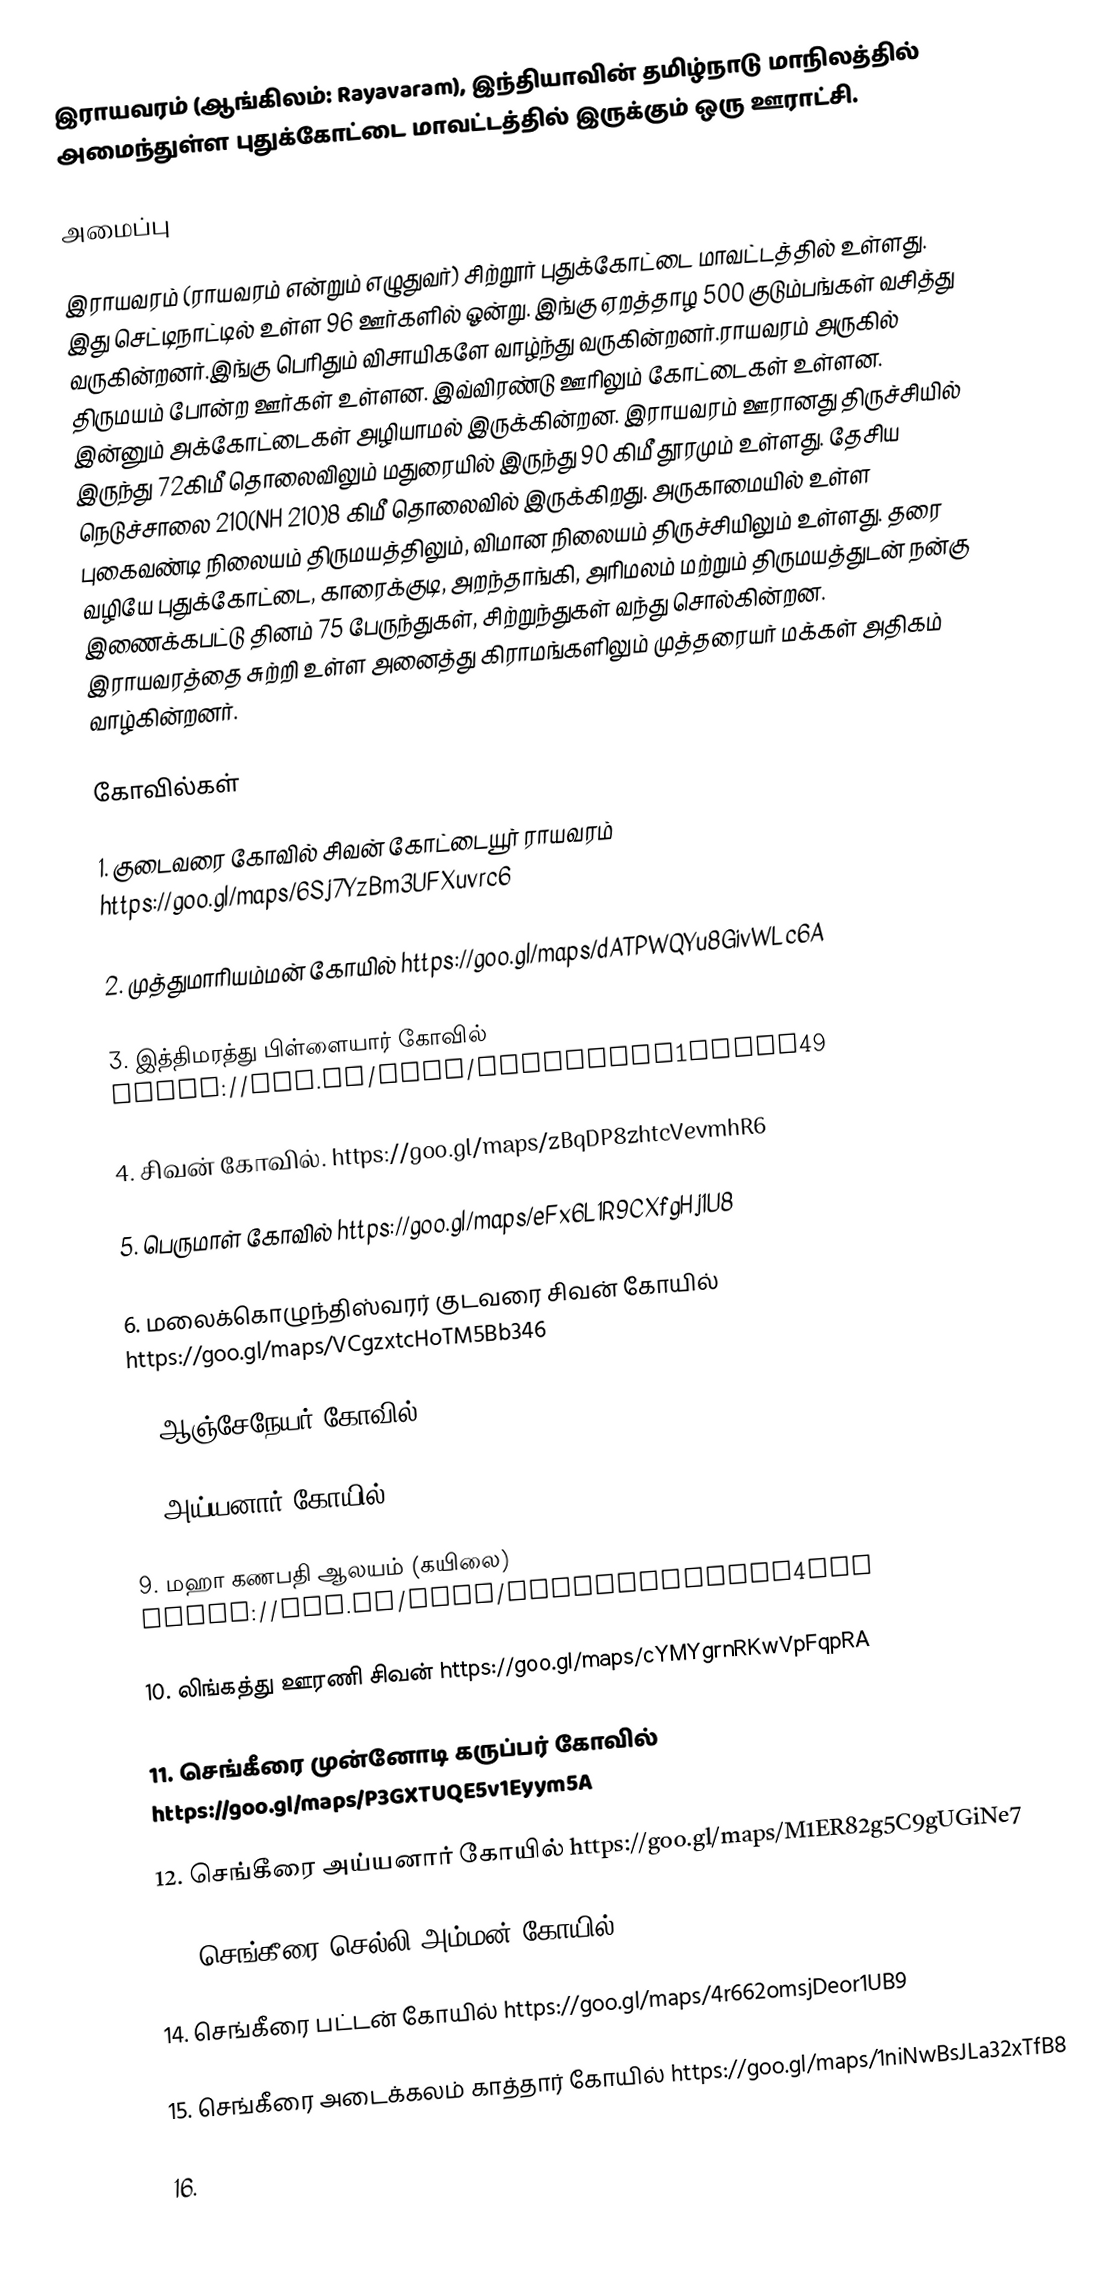
இராயவரம்  (ஆங்கிலம்: Rayavaram), இந்தியாவின் தமிழ்நாடு மாநிலத்தில் அமைந்துள்ள புதுக்கோட்டை மாவட்டத்தில் இருக்கும் ஒரு ஊராட்சி.

அமைப்பு

இராயவரம் (ராயவரம் என்றும் எழுதுவர்) சிற்றூர் புதுக்கோட்டை மாவட்டத்தில் உள்ளது. இது செட்டிநாட்டில் உள்ள 96 ஊர்களில் ஓன்று. இங்கு ஏறத்தாழ 500 குடும்பங்கள் வசித்து வருகின்றனர்.இங்கு பெரிதும் விசாயிகளே வாழ்ந்து வருகின்றனர்.ராயவரம் அருகில் திருமயம் போன்ற ஊர்கள் உள்ளன. இவ்விரண்டு ஊரிலும் கோட்டைகள் உள்ளன. இன்னும் அக்கோட்டைகள் அழியாமல் இருக்கின்றன. இராயவரம் ஊரானது திருச்சியில் இருந்து 72கிமீ தொலைவிலும் மதுரையில் இருந்து 90 கிமீ தூரமும் உள்ளது. தேசிய நெடுச்சாலை 210(NH 210)8 கிமீ தொலைவில் இருக்கிறது. அருகாமையில் உள்ள புகைவண்டி நிலையம் திருமயத்திலும், விமான நிலையம் திருச்சியிலும் உள்ளது. தரை வழியே புதுக்கோட்டை, காரைக்குடி, அறந்தாங்கி, அரிமலம் மற்றும் திருமயத்துடன் நன்கு இணைக்கபட்டு தினம் 75 பேருந்துகள், சிற்றுந்துகள் வந்து சொல்கின்றன. இராயவரத்தை சுற்றி உள்ள அனைத்து கிராமங்களிலும் முத்தரையர் மக்கள் அதிகம் வாழ்கின்றனர்.

கோவில்கள்

1. குடைவரை கோவில் சிவன் கோட்டையூர் ராயவரம் https://goo.gl/maps/6Sj7YzBm3UFXuvrc6

2. முத்துமாரியம்மன் கோயில் https://goo.gl/maps/dATPWQYu8GivWLc6A

3. இத்திமரத்து பிள்ளையார் கோவில் https://goo.gl/maps/EZfPbGdcK1Nttrf49

4. சிவன் கோவில். https://goo.gl/maps/zBqDP8zhtcVevmhR6

5. பெருமாள் கோவில் https://goo.gl/maps/eFx6L1R9CXfgHj1U8

6. மலைக்கொழுந்திஸ்வரர் குடவரை சிவன் கோயில் https://goo.gl/maps/VCgzxtcHoTM5Bb346

7. ஆஞ்சேநேயர் கோவில் https://goo.gl/maps/TX5Hj4SD4kB4x4cF7

8. அய்யனார் கோயில் https://goo.gl/maps/wQiHkkJfQoJumFzXA

9. மஹா கணபதி ஆலயம் (கயிலை) https://goo.gl/maps/MWaztRKgMZVyN4JDA

10. லிங்கத்து ஊரணி சிவன் https://goo.gl/maps/cYMYgrnRKwVpFqpRA

11. செங்கீரை முன்னோடி கருப்பர் கோவில் https://goo.gl/maps/P3GXTUQE5v1Eyym5A

12. செங்கீரை அய்யனார் கோயில் https://goo.gl/maps/M1ER82g5C9gUGiNe7

13. செங்கீரை செல்லி அம்மன் கோயில் https://goo.gl/maps/BfhJ6RHzQHfSLpRQ7

14. செங்கீரை பட்டன் கோயில் https://goo.gl/maps/4r662omsjDeor1UB9

15. செங்கீரை அடைக்கலம் காத்தார் கோயில் https://goo.gl/maps/1niNwBsJLa32xTfB8

16.